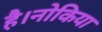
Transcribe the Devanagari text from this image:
है।नोकिया